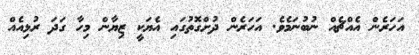
އަހަރެން އެއްޗެއް ނުބުނަމެވެ. އަހަރެން ދުށްގޮތުގައި އެޔަކީ ޒިޔާން މިހާ ގަދަ ރުޅިއެއް